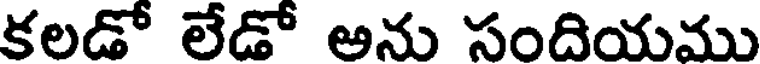
కలడో లేడో అను సందియము